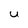
Character: U